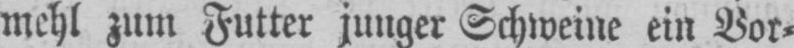
mehl zum Futter junger Schweine ein Vor⸗